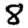
Digit: 8